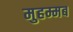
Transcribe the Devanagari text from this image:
मुहम्मब